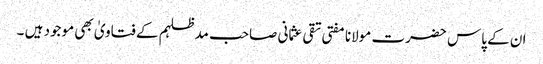
ان کے پاس حضرت مولانا مفتی تقی عثمانی صاحب مدظلہم کے فتاویٰ بھی موجود ہیں ۔